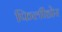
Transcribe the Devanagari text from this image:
फिलीडोर